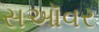
સઑવર